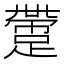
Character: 䠠